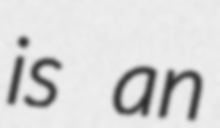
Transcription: is an